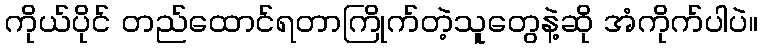
ကိုယ်ပိုင် တည်ထောင်ရတာကြိုက်တဲ့သူတွေနဲ့ဆို အံကိုက်ပါပဲ။